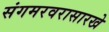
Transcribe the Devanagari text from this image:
संगमरवरासारखे